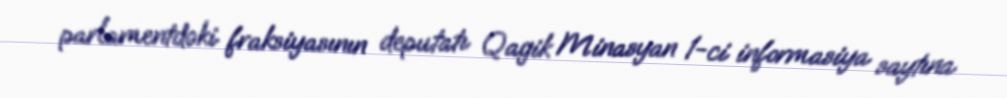
parlamentdəki fraksiyasının deputatı Qagik Minasyan 1-ci informasiya saytına